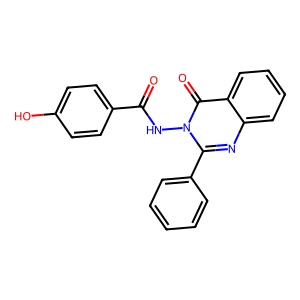
SMILES: O=C(Nn1c(-c2ccccc2)nc2ccccc2c1=O)c1ccc(O)cc1
Inhibits HIV replication: No